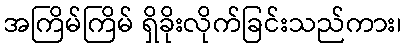
အကြိမ်ကြိမ် ရှိခိုးလိုက်ခြင်းသည်ကား၊